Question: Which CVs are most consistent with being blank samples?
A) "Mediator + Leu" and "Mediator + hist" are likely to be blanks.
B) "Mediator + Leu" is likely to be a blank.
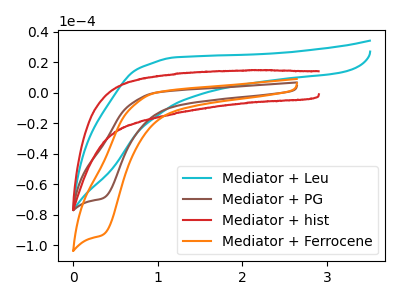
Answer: <think>The cyan curve "Mediator + Leu" has no peaks. The brown curve "Mediator + PG" has a cathodic peak at: (0.35V, -69.30uA). The red curve "Mediator + hist" has no peaks. The orange curve "Mediator + Ferrocene" has a cathodic peak at: (0.35V, -93.25uA).</think>
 <answer>A) "Mediator + Leu" and "Mediator + hist" are likely to be blanks.</answer>
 <eval>A</eval>